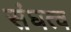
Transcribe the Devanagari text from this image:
संघत्व